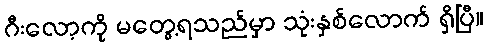
ဂီးလော့ကို မတွေ့ရသည်မှာ သုံးနှစ်လောက် ရှိပြီ။